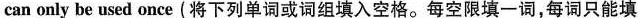
can only be used once (将下列单词或词组填入空格.每空限填一词,每词只能填